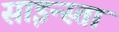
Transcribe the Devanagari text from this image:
साइन्स्ता